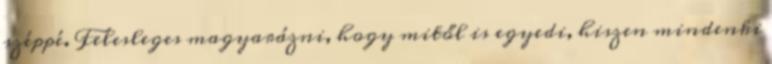
széppé. Felesleges magyarázni, hogy mitől is egyedi, hiszen mindenki